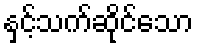
နှင့်သက်ဆိုင်သော